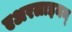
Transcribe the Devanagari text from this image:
एअरलाइनन्